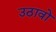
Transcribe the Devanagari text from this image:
उठावो